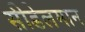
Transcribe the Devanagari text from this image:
सीडेलमान